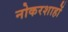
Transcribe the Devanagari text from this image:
नोकरशाहों